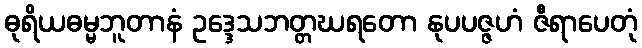
ဓုရိယဓမ္မဘူတာနံ ဥဒ္ဒေသဘတ္တဃရတော နုပပဇ္ဇဟံ ဇီရာပေတုံ